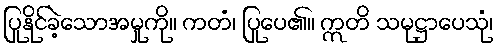
ပြုနိုင်ခဲ့သောအမှုကို။ ကတံ၊ ပြုပေ၏။ ဣတိ သမုဋ္ဌာပေသုံ၊